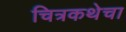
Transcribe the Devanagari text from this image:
चित्रकथेचा